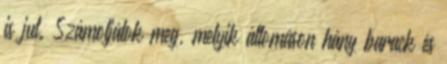
is jut. Számoljátok meg, melyik állomáson hány barack és